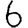
Digit: 6